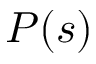
P ( s )